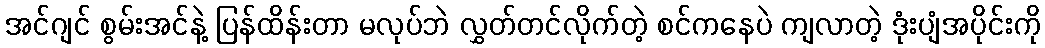
အင်ဂျင် စွမ်းအင်နဲ့ ပြန်ထိန်းတာ မလုပ်ဘဲ လွှတ်တင်လိုက်တဲ့ စင်ကနေပဲ ကျလာတဲ့ ဒုံးပျံအပိုင်းကို